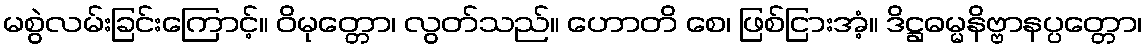
မစွဲလမ်းခြင်းကြောင့်။ ဝိမုတ္တော၊ လွတ်သည်။ ဟောတိ စေ၊ ဖြစ်ငြားအံ့။ ဒိဋ္ဌဓမ္မနိဗ္ဗာနပ္ပတ္တော၊